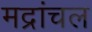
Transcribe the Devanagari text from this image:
मद्रांचल